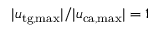
| u _ { \mathrm { t g , m a x } } | / | u _ { \mathrm { c a , m a x } } | = 1